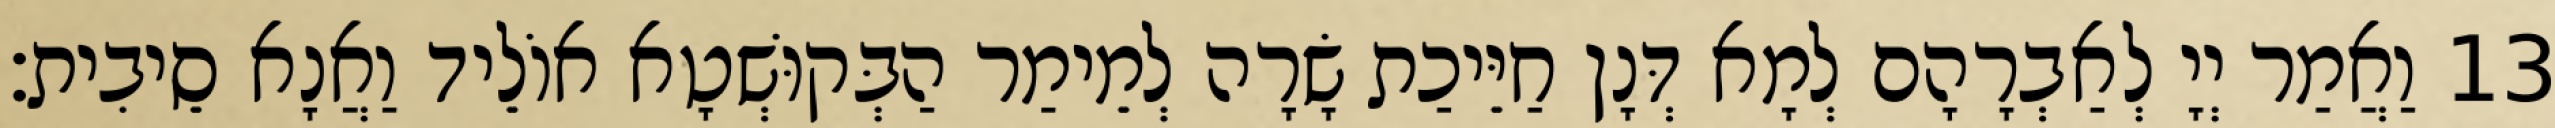
13 וַאֲמַר יְיָ לְאַבְרָהָם לְמָא דְּנָן חַיֵּיכַת שָׂרָה לְמֵימַר הַבְּקוּשְׁטָא אוֹלֵיד וַאֲנָא סֵיבִית׃